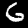
Digit: 6